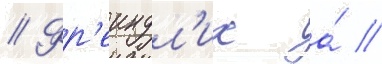
// Фр'еиндл'их а́ //